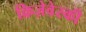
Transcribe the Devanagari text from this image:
क्रिज़ेवेस्की